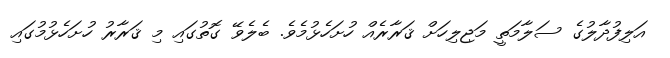
އަލިފުދާލުގެ ސަލާމަތީ މަޖިލިހަށް ޤަރާރެއް ހުށަހެޅުމެވެ. ބެލެވޭ ގޮތުގައި މި ޤަރާރު ހުށަހެޅުމުގައި